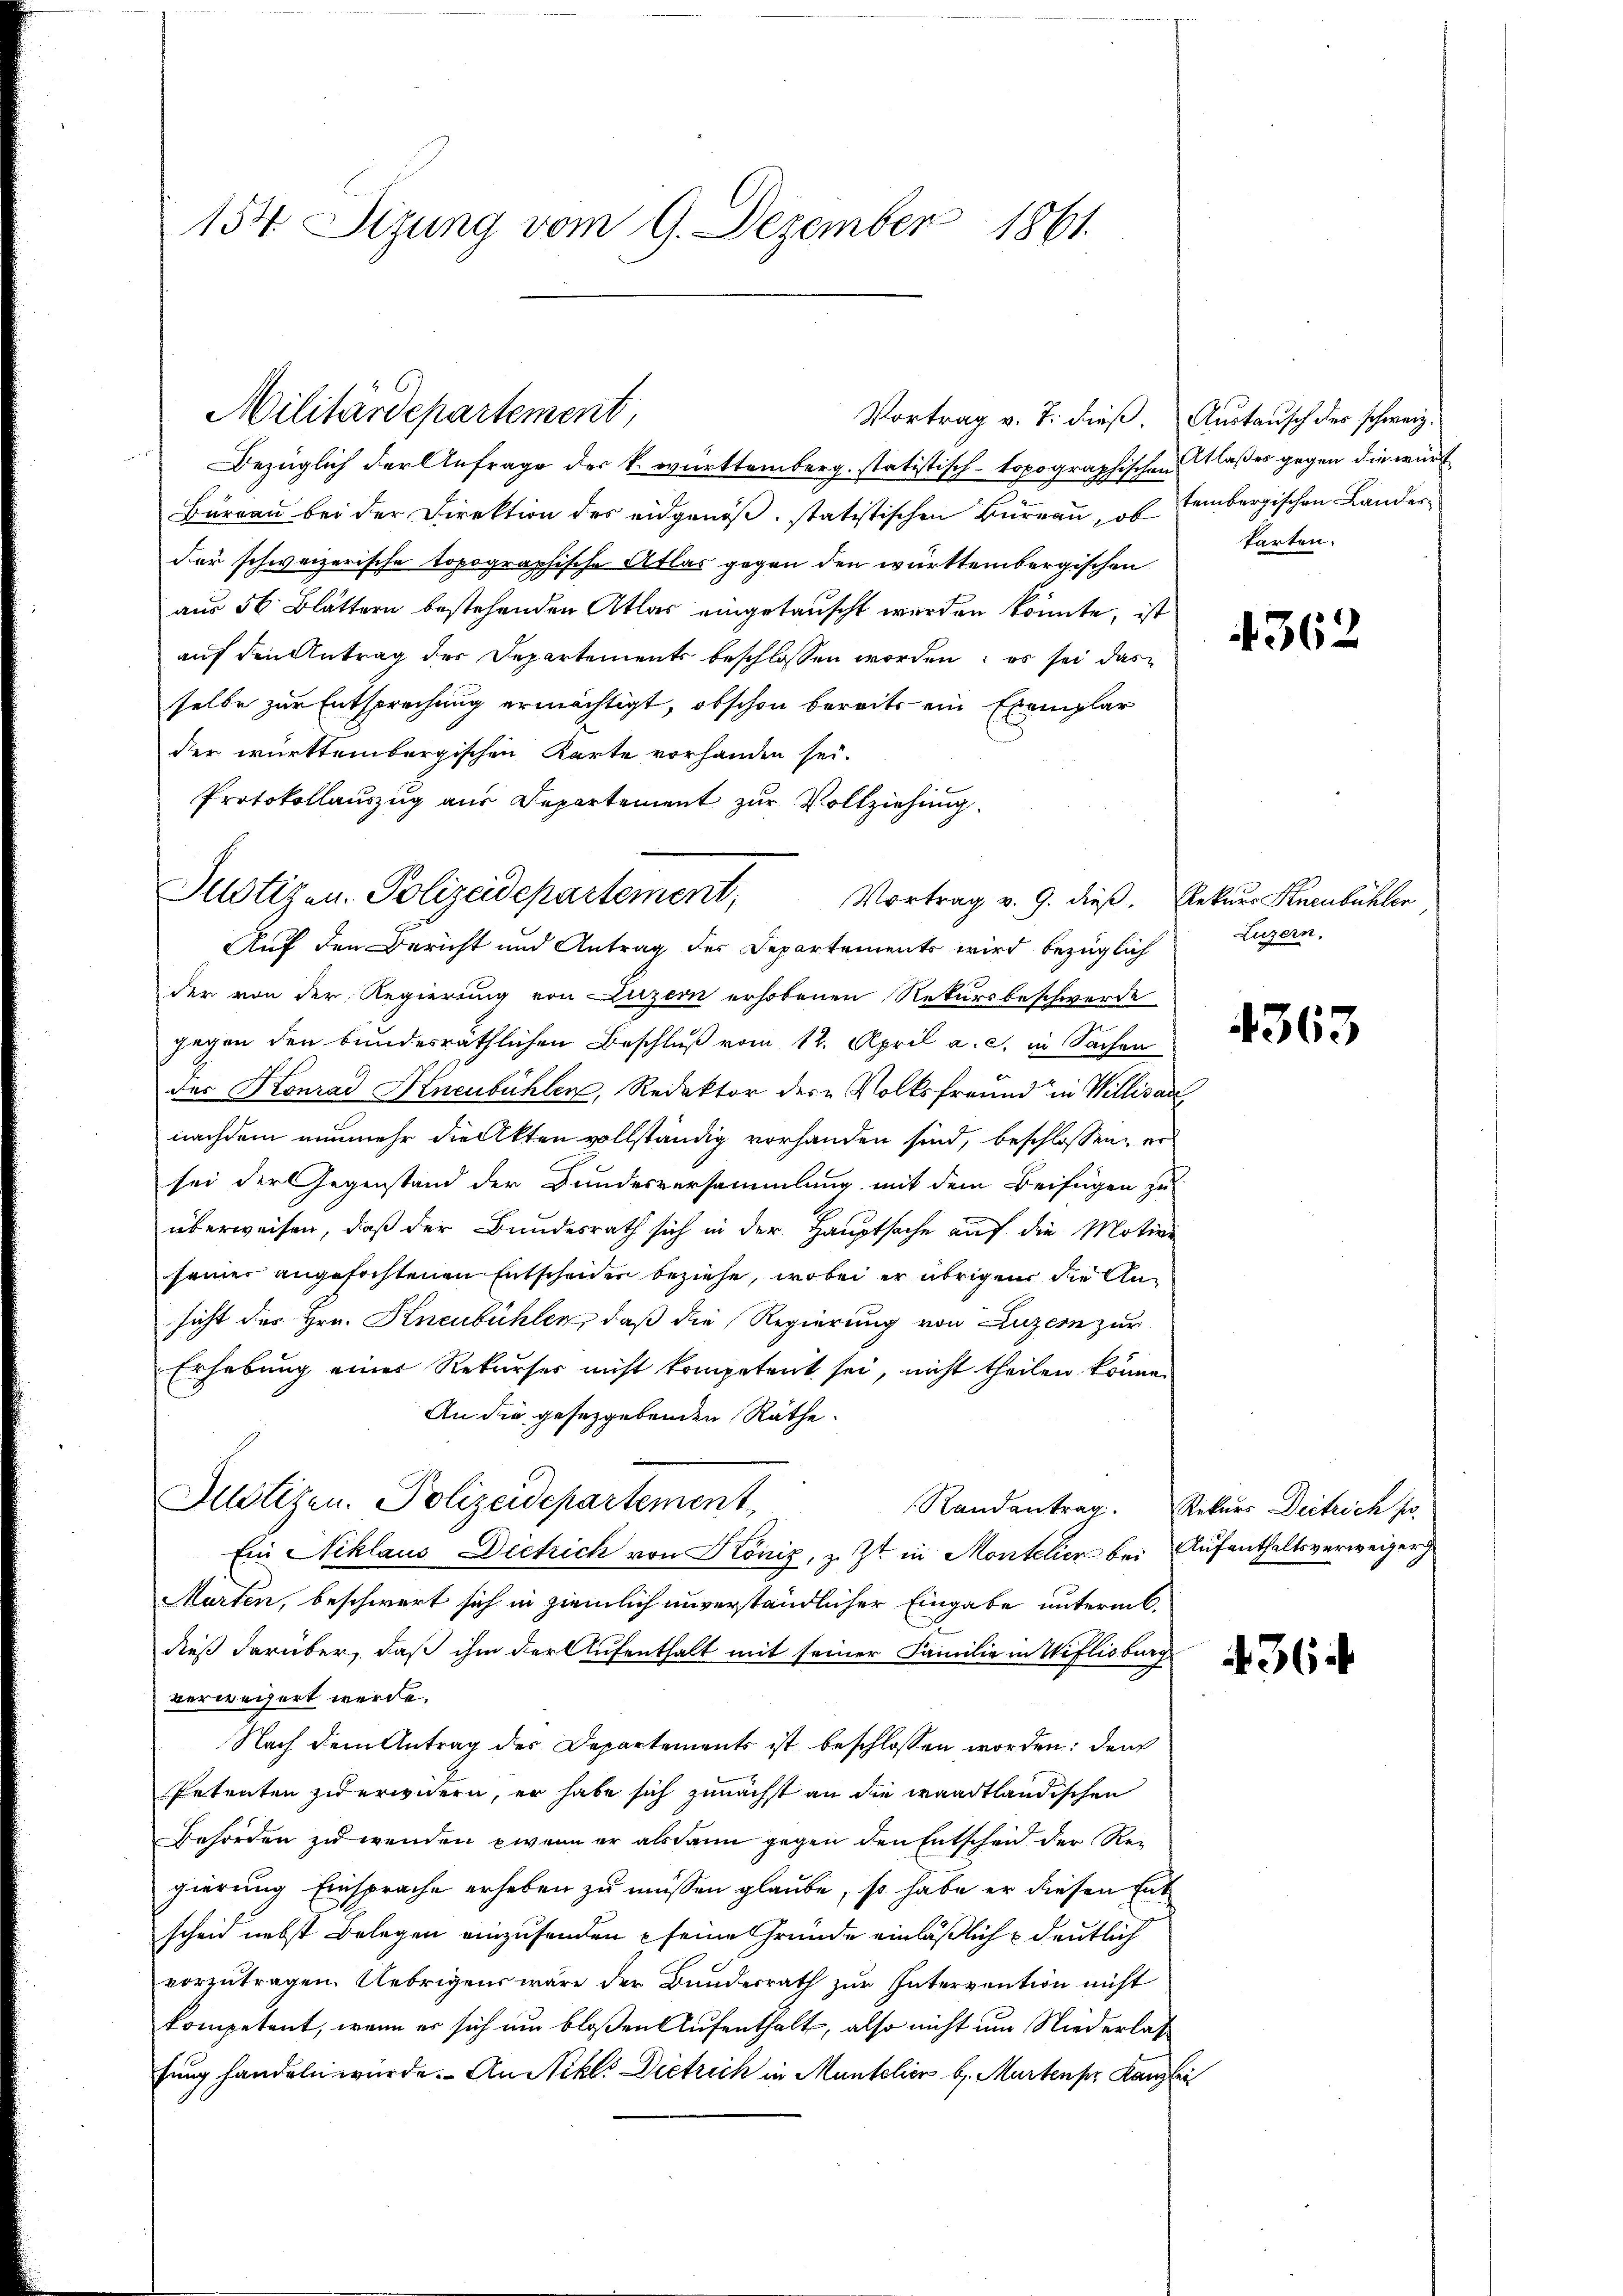
154. Sizung vom 9. Dezember 1861.

Militärdepartement,

Bezüglich der Anfrage der k. württemberg. statistisch-topographischen laßes gegen die würd
Bureau bei der Direktion des eidgenoß, statistischen Bureau, ob tembergischen Landesder schweizerische topographische Atlas gegen den württembergischen
aus 56 Blättern bestehenden Atlas eingetauscht worden könnte, ist
auf den Antrag der Departements beschlossen worden; es sei das
selbe zur Entsprechung ermächtigt, obschon bereits ein Exemplar
der württembergischen Karte vorhanden sei.
Protokollauszug aus Departement zur Vollziehung.
der von der Regierung von Luzern erhobenen Rekursbeschwerde
gegen den bundesräthlichen Beschluß vom 12. April a. c. in Sachen
des Konrad Hnenbühler, Redaktor der „Volksfreund in Willisatz
nachdem nunmehr die Akten vollständig vorhanden sind, beschlossen, er
sei der Gegenstand der Bundesversammlung mit dem Beifügen zu
überweisen, daß der Bundesrath sich in der Hauptsache auf die Motive
seiner angefochtenen Entscheider beziehe, wobei er übrigen die Ansicht des Hrn. Kneubühlen, daß die Regierung von Luzern zur
Erhebung einer Rekurses nicht kompetent sei, nicht theilen könne.
An die gesetzgebenden Räthe.
Justizen. Polizeidepartement,
Ein Niklaus Dietrich von Könis, z. Zt. in Montelier bei Aufenthaltsverweiger
Marten, beschwert sich in ziemlich unverständlicher Eingabe unterm 6.
dieß darüber, daß ihm der Aufenthalt mit seiner Familie in Wiflisburg
verweisert werde.
Nach dem Antrag des Departements ist beschlossen worden; den
Petenten zu erwidern, er habe sich zunächst an die waadtländischen
Behörden zu wenden wenn er alsdann gegen den Entscheid der Regierung Einsprache erheben zu müssen glaube, so habe er diesen Ent
scheid nebst Belegen einzusenden seine Gründe einläßlich deutlich
vorzutragen Uebrigens wäre der Bundesrath zŭr Intervention nicht
kompetent, wenn es sich um bloßen Aufenthalt, also nicht um Niederlas
fung handeln würde. An Stikl. Dietrich in Mantelier b. Murten pr. Kanzler

Justizen. Polizeidepartement,
Vortrag v. 9. dieß. Rekurs Knenbühler
Auf den Bericht und Antrag des Departements wird bezüglich

Vortrag v. J. dieß.

Austausch der schweiz.
tarten.

4362

Luzern,

4363

Randantrag. Rekurs Dietrich pr.

436